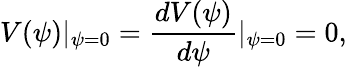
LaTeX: V(\psi)|_{\psi=0}=\frac{dV(\psi)}{d\psi}|_{\psi=0}=0,